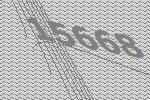
15668